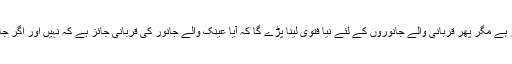
باقی جانوروں کی تو خیر ہے مگر پھر قربانی والے جانوروں کے لئے نیا فتوٰی لینا پڑے گا کہ آیا عینک والے جانور کی قربانی جائز ہے کہ نہیں اور اگر جائز ہے تو کس نمبر تک؟